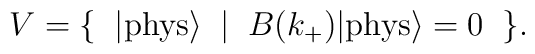
V=\{\;\;|{\rm phys}{\rangle}\;\;|\;\; B(k_+)|{\rm phys}{\rangle}=0\;\; \}.